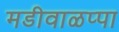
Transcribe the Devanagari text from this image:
मडीवाळप्पा